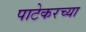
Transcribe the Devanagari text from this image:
पाटेकरच्या